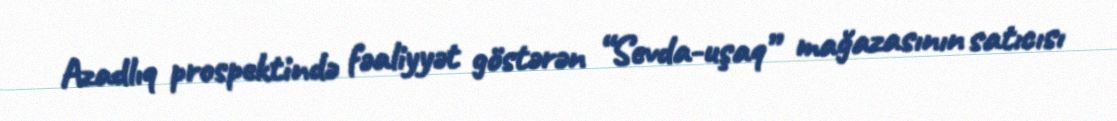
Azadlıq prospektində fəaliyyət göstərən “Sevda-uşaq” mağazasının satıcısı